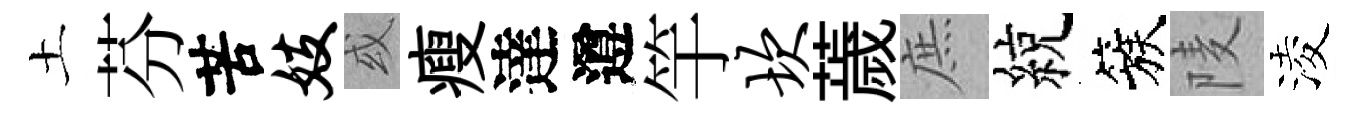
土芬苦妓或瘦達遵竽坎薉庶綂簇𨹧淩